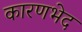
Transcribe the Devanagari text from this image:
कारणभेद